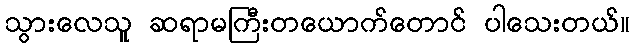
သွားလေသူ ဆရာမကြီးတယောက်တောင် ပါသေးတယ်။